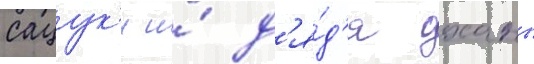
сацук'и и́ д'я́д'я оханы